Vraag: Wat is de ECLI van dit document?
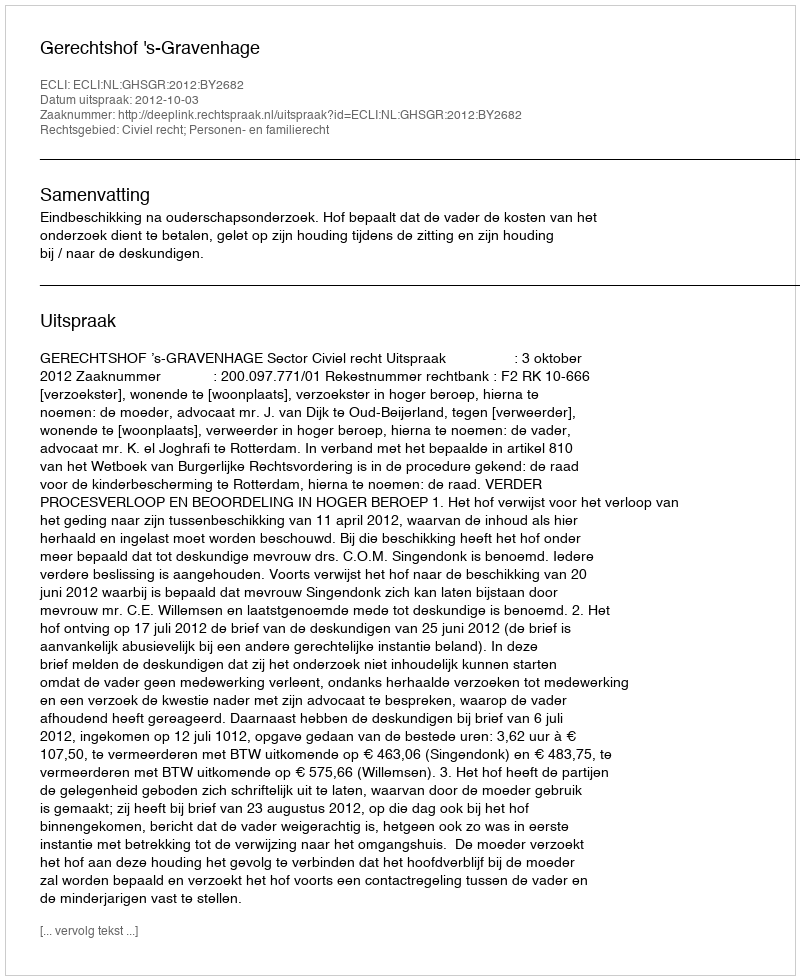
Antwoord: ECLI:NL:GHSGR:2012:BY2682